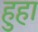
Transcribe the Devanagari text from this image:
हुहा